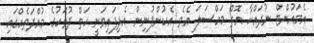
އެމައުންޓް ނުދައްކާ އޮތް މައްސަލަ އެވެ. އެކުންފުނިން އެދިފައިވަނީ ހަތް ދުވަހުގެ މުއްދަތެއްގައި